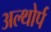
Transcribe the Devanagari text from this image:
अल्थोर्प